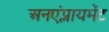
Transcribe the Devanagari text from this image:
अनएंप्लायमेंट